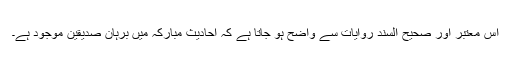
اس معتبر اور صحیح السند روایات سے واضح ہو جاتا ہے کہ احادیث مبارکہ میں برہان صدیقین موجود ہے۔